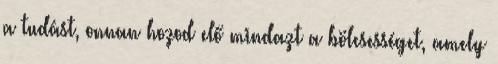
a tudást, onnan hozod elő mindazt a bölcsességet, amely